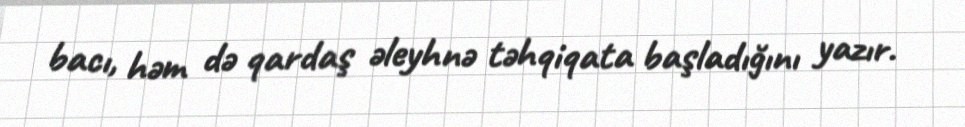
bacı, həm də qardaş əleyhnə təhqiqata başladığını yazır.